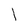
Character: 1